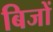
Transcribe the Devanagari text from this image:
बिजों